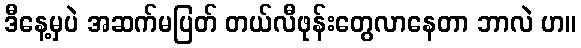
ဒီနေ့မှပဲ အဆက်မပြတ် တယ်လီဖုန်းတွေလာနေတာ ဘာလဲ ဟ။